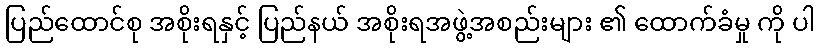
ပြည်ထောင်စု အစိုးရနှင့် ပြည်နယ် အစိုးရအဖွဲ့အစည်းများ ၏ ထောက်ခံမှု ကို ပါ